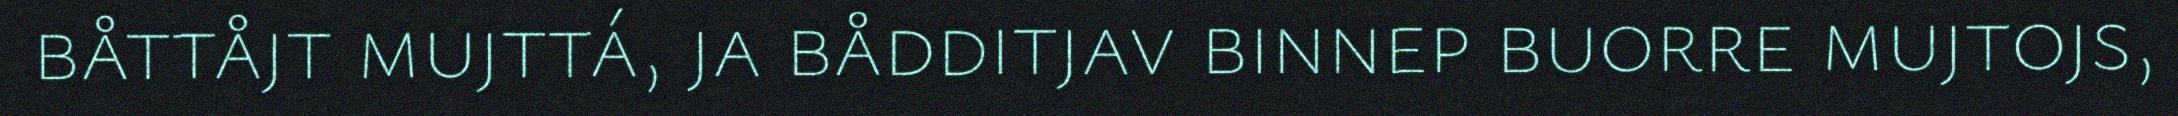
båttåjt mujttá, ja bådditjav binnep buorre mujtojs,